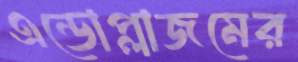
এন্ডোপ্লাজমের